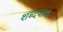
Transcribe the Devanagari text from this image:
शब्दपाक